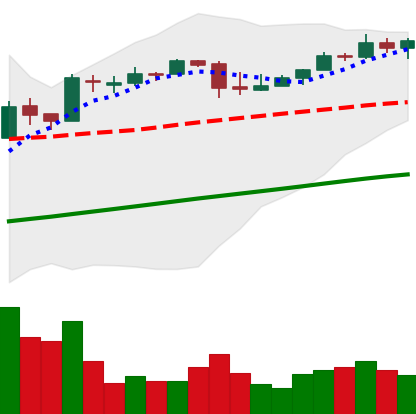
Ticker: BTC-USD
Chart end date: 2017-04-22
Forward return: 6.984%
Label: up_5_7